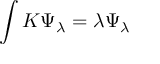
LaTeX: \int K \Psi _ { \lambda } = \lambda \Psi _ { \lambda }